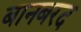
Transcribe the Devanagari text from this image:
बानबरद